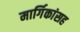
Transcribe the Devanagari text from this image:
मार्गिकांसह